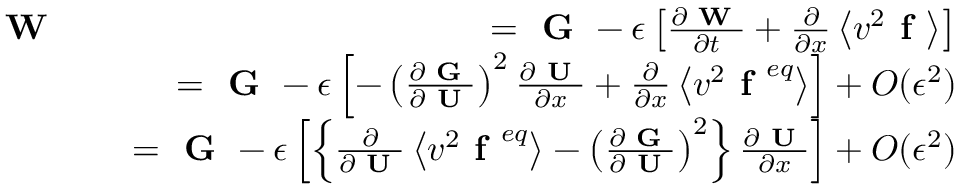
\begin{array} { r l r } { \textbf { W } } & { } & { = \textbf { G } - \epsilon \left[ \frac { \partial \textbf { W } } { \partial t } + \frac { \partial } { \partial x } \left\langle v ^ { 2 } \textbf { f } \right\rangle \right] } \\ & { } & { = \textbf { G } - \epsilon \left[ - \left( \frac { \partial \textbf { G } } { \partial \textbf { U } } \right) ^ { 2 } \frac { \partial \textbf { U } } { \partial x } + \frac { \partial } { \partial x } \left\langle v ^ { 2 } \textbf { f } ^ { e q } \right\rangle \right] + O ( \epsilon ^ { 2 } ) } \\ & { } & { = \textbf { G } - \epsilon \left[ \left\{ \frac { \partial } { \partial \textbf { U } } \left\langle v ^ { 2 } \textbf { f } ^ { e q } \right\rangle - \left( \frac { \partial \textbf { G } } { \partial \textbf { U } } \right) ^ { 2 } \right\} \frac { \partial \textbf { U } } { \partial x } \right] + O ( \epsilon ^ { 2 } ) } \end{array}